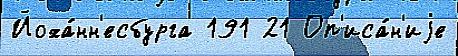
Йоха́нн'есбурга 191 21 Оп'иса́н'иjе